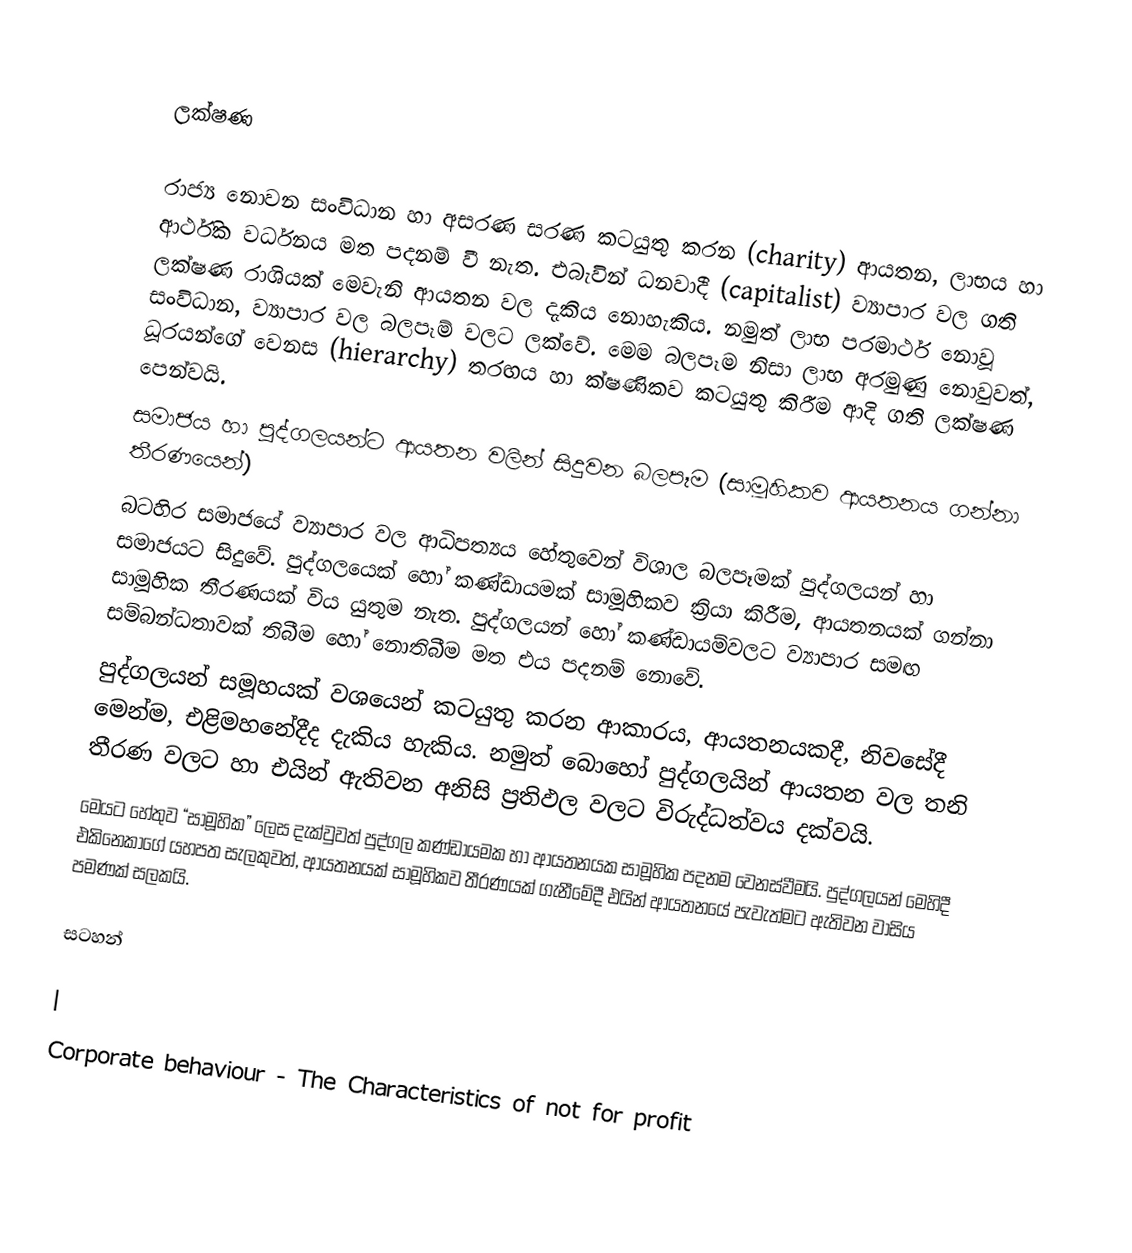

ලක්ෂණ

රාජ්‍ය නොවන සංවිධාන හා අසරණ සරණ කටයුතු කරන (charity) ආයතන, ලාභය හා ආර්ථික වර්ධනය මත පදනම් වී නැත.  එබැවින් ධනවාදී (capitalist) ව්‍යාපාර වල ගති ලක්ෂණ රාශියක් මෙවැනි ආයතන වල දැකිය නොහැකිය.  නමුත් ලාභ පරමාර්ථ නොවූ සංවිධාන, ව්‍යාපාර වල බලපෑම් වලට ලක්වේ.  මෙම බලපෑම නිසා ලාභ අරමුණු නොවුවත්, ධූරයන්ගේ වෙනස (hierarchy)  තරඟය හා ක්ෂණිකව කටයුතු කිරීම ආදි ගති ලක්ෂණ පෙන්වයි.
සමාජය හා පුද්ගලයන්ට ආයතන වලින් සිදුවන බලපෑම (සාමූහිකව ආයතනය ගන්නා තීරණයෙන්)
	බටහිර සමාජයේ ව්‍යාපාර වල ආධිපත්‍යය හේතුවෙන් විශාල බලපෑමක් පුද්ගලයන් හා සමාජයට සිදුවේ.  පුද්ගලයෙක් හෝ කණ්ඩායමක් සාමූහිකව ක්‍රියා කිරීම, ආයතනයක් ගන්නා සාමූහික තීරණයක් විය යුතුම නැත.  පුද්ගලයන් හෝ කණ්ඩායම්වලට ව්‍යාපාර සමඟ සම්බන්ධතාවක් තිබීම හෝ නොතිබීම මත එය පදනම් නොවේ.
	පුද්ගලයන් සමූහයක් වශයෙන් කටයුතු කරන ආකාරය, ආයතනයකදී, නිවසේදී මෙන්ම, එළිමහනේදීද දැකිය හැකිය.  නමුත් බොහෝ පුද්ගලයින් ආයතන වල තනි තීරණ වලට හා එයින් ඇතිවන අනිසි ප්‍රතිඵල වලට විරුද්ධත්වය දක්වයි.
	මෙයට හේතුව “සාමූහික” ලෙස දැක්වුවත් පුද්ගල කණ්ඩායමක හා ආයතනයක සාමූහික පදනම වෙනස්වීමයි.  පුද්ගලයන් මෙහිදී එකිනෙකාගේ යහපත සැලකුවත්, ආයතනයක් සාමූහිකව තීරණයක් ගැනීමේදී එයින් ආයතනයේ පැවැත්මට ඇතිවන වාසිය පමණක් සලකයි.

සටහන්

|
Corporate behaviour - The Characteristics of not for profit